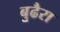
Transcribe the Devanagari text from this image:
बुढैरा